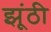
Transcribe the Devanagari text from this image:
झूंठी